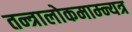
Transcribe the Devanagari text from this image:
तन्त्रालोकमाम्न्यत्र